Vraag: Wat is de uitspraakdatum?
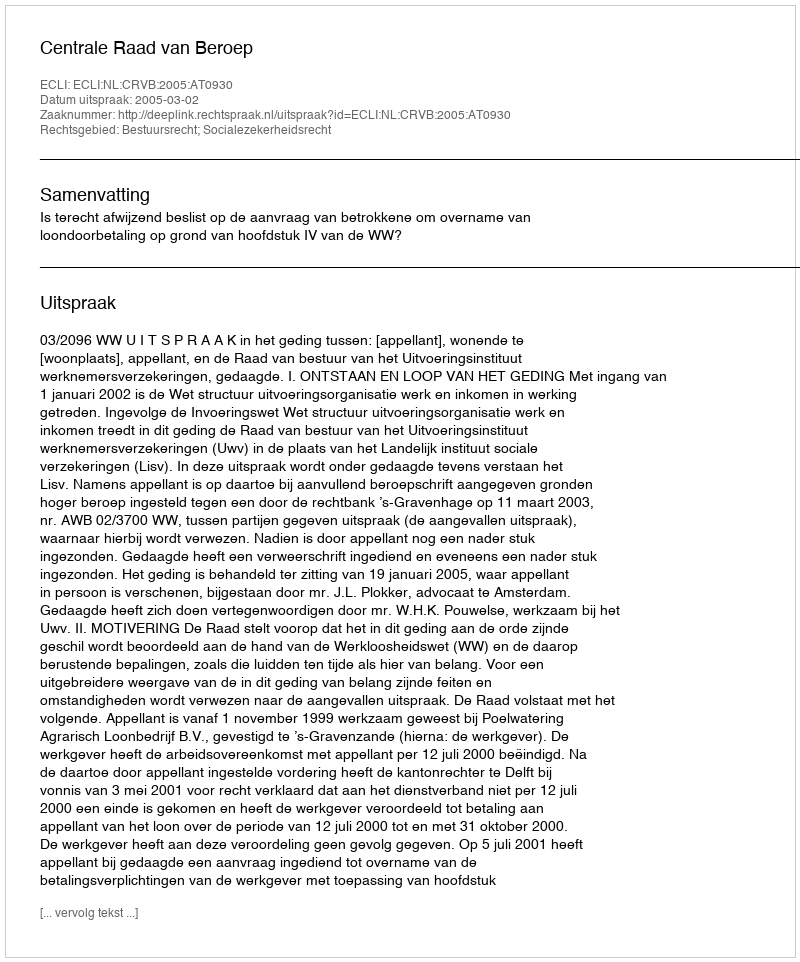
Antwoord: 2005-03-02